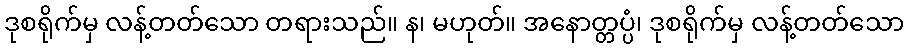
ဒုစရိုက်မှ လန့်တတ်သော တရားသည်။ န၊ မဟုတ်။ အနောတ္တပ္ပံ၊ ဒုစရိုက်မှ လန့်တတ်သော